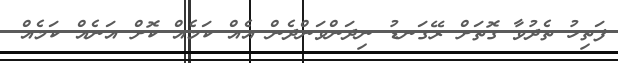
ފަތިހު ތެދުވާ ގޮތަށް ރޭގަނޑު ނިދަންވަންދެން އެއް ކަމެއް ކޮށް އަނެއް ކަމެއް